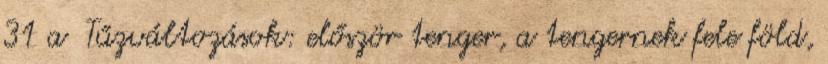
31 a Tűzváltozások: először tenger, a tengernek fele föld,